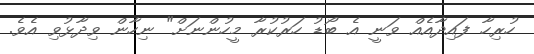
ހުރިހާ ފައިދާއެއް ވަނީ އެ ބޯޑު ހަރުކުރާ މީހުންނަށް" ނިހާން ވިދާޅުވި އެވެ.